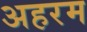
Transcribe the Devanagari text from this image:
अहरम